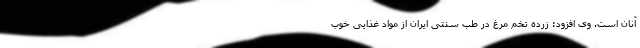
آنان است. وی افزود: زرده تخم مرغ در طب سنتی ایران از مواد غذایی خوب